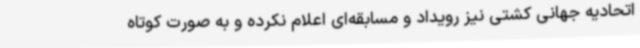
اتحادیه جهانی کشتی نیز رویداد و مسابقه‌ای اعلام نکرده و به صورت کوتاه